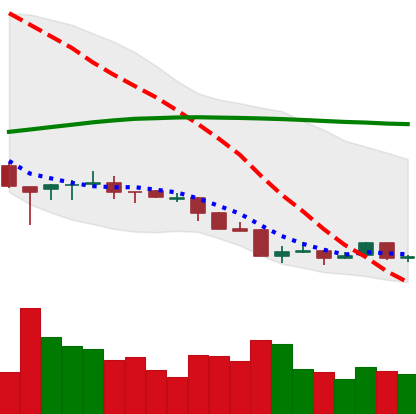
Ticker: ETH-USD
Chart end date: 2018-04-05
Forward return: 8.092%
Label: up_7plus